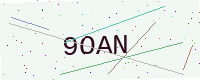
Text: 9OAN